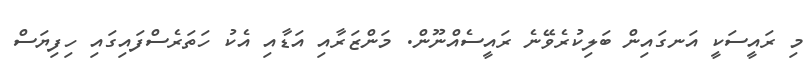
މި ރައީސަކީ އަނގައިން ބަލިކުރެވޭނެ ރައީސެއްނޫން. މަންޒަރާއި އަޑާއި އެކު ހަތަރެސްފައިގައި ހިފިޔަސް